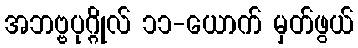
အဘဗ္ဗပုဂ္ဂိုလ် ၁၁-ယောက် မှတ်ဖွယ်